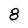
Character: 8